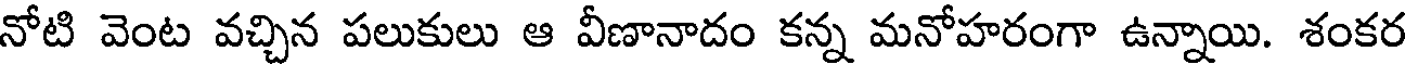
నోటి వెంట వచ్చిన పలుకులు ఆ వీణానాదం కన్న మనోహరంగా ఉన్నాయి. శంకర